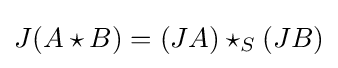
J(A\star B)=(JA)\star _{S}(JB)